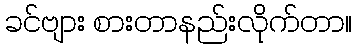
ခင်ဗျား စားတာနည်းလိုက်တာ။